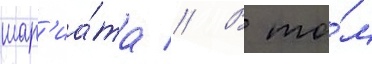
шар'иа́та // В то́м